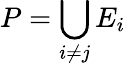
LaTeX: P=\underset{i\neq j}{\bigcup}E_{i}